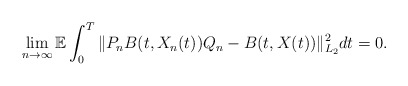
\begin{align*}\lim_{n\rightarrow\infty}\mathbb{E}\int_0^{T} \Vert P_n B(t,X_n(t))Q_n - B(t, X(t)) \Vert_{L_2}^2 dt = 0 .\end{align*}